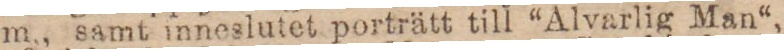
m., samt inneslutet porträtt till “Alvarlig Man“,